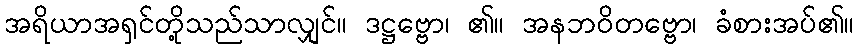
အရိယာအရှင်တို့သည်သာလျှင်။ ဒဋ္ဌဗ္ဗော၊ ၏။ အနဘဝိတဗ္ဗော၊ ခံစားအပ်၏။